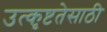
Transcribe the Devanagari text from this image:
उत्कृष्टतेसाठी